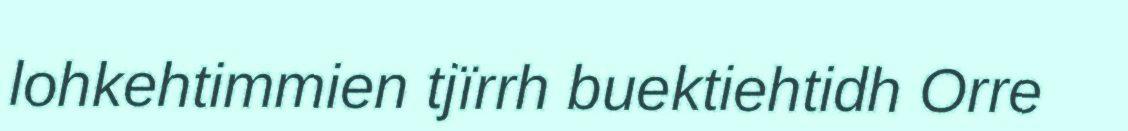
lohkehtimmien tjïrrh buektiehtidh Orre